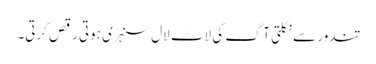
تندور سے نکلتی آگ کی لاٹ لال سنہری ہوتی رقص کرتی۔